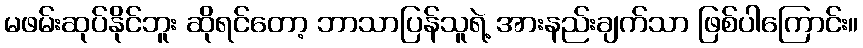
မဖမ်းဆုပ်နိုင်ဘူး ဆိုရင်တော့ ဘာသာပြန်သူရဲ့ အားနည်းချက်သာ ဖြစ်ပါကြောင်း။